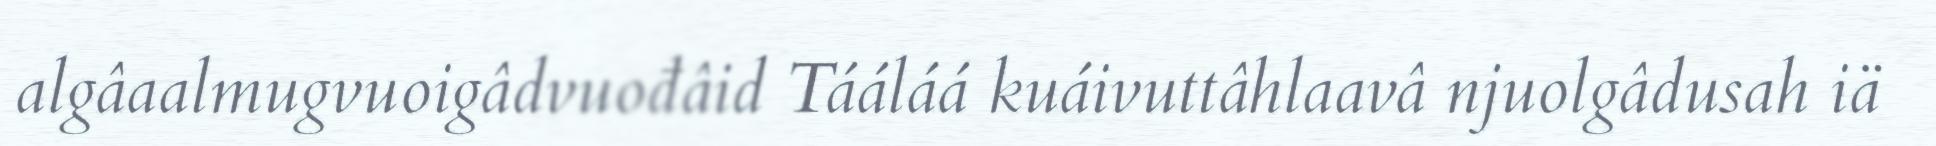
algâaalmugvuoigâdvuođâid Tááláá kuáivuttâhlaavâ njuolgâdusah iä